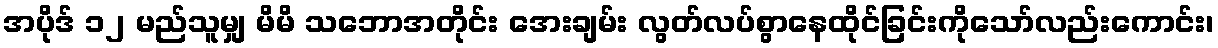
အပိုဒ် ၁၂ မည်သူမျှ မိမိ သဘောအတိုင်း အေးချမ်း လွတ်လပ်စွာနေထိုင်ခြင်းကိုသော်လည်းကောင်း၊